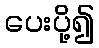
ပေးပို့၍